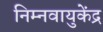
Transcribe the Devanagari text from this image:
निम्नवायुकेंद्र